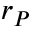
r _ { P }